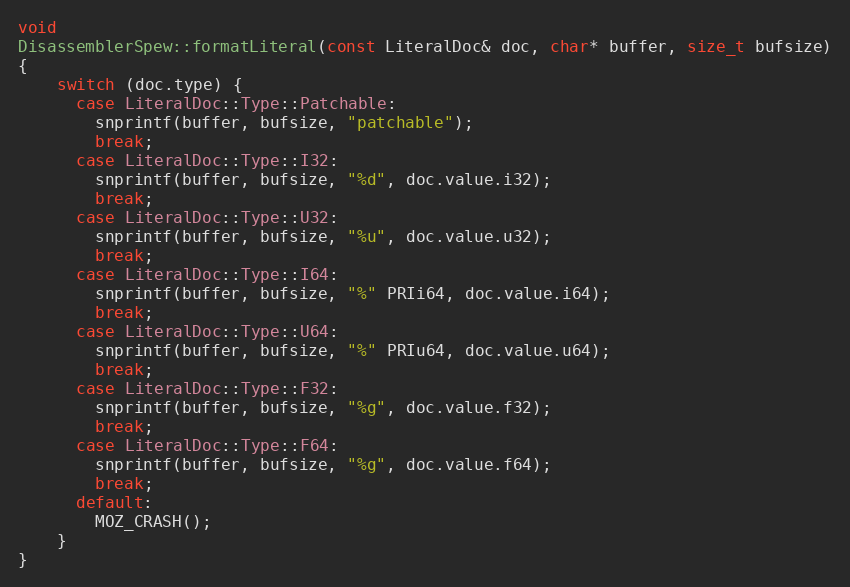
Language: C++
void
DisassemblerSpew::formatLiteral(const LiteralDoc& doc, char* buffer, size_t bufsize)
{
    switch (doc.type) {
      case LiteralDoc::Type::Patchable:
        snprintf(buffer, bufsize, "patchable");
        break;
      case LiteralDoc::Type::I32:
        snprintf(buffer, bufsize, "%d", doc.value.i32);
        break;
      case LiteralDoc::Type::U32:
        snprintf(buffer, bufsize, "%u", doc.value.u32);
        break;
      case LiteralDoc::Type::I64:
        snprintf(buffer, bufsize, "%" PRIi64, doc.value.i64);
        break;
      case LiteralDoc::Type::U64:
        snprintf(buffer, bufsize, "%" PRIu64, doc.value.u64);
        break;
      case LiteralDoc::Type::F32:
        snprintf(buffer, bufsize, "%g", doc.value.f32);
        break;
      case LiteralDoc::Type::F64:
        snprintf(buffer, bufsize, "%g", doc.value.f64);
        break;
      default:
        MOZ_CRASH();
    }
}